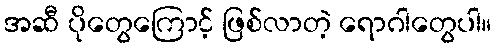
အဆီ ပိုတွေကြောင့် ဖြစ်လာတဲ့ ရောဂါတွေပါ။